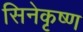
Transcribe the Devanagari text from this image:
सिनेकृष्ण